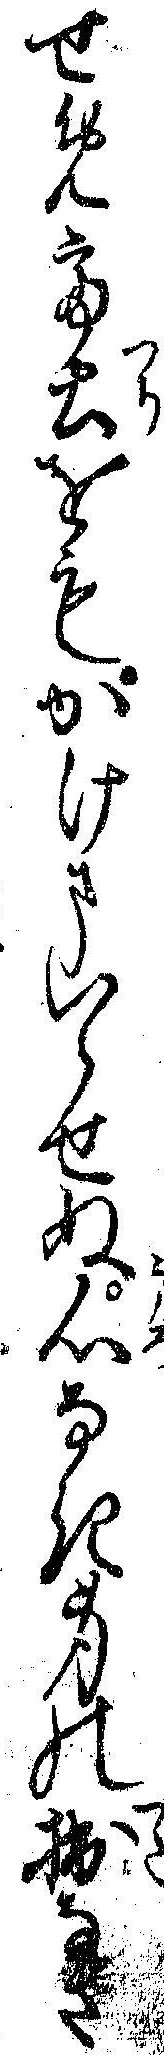
せめて土をもかけまいらせぬ心なき身の拙なさ